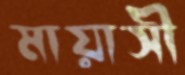
মায়াসী